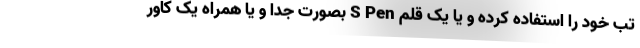
تب خود را استفاده کرده و یا یک قلم S Pen بصورت جدا و یا همراه یک کاور